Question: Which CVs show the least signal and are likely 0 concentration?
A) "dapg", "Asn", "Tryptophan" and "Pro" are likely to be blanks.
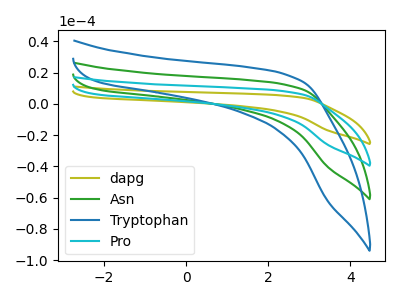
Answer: <think>The olive curve "dapg" has no peaks. The green curve "Asn" has no peaks. The blue curve "Tryptophan" has no peaks. The cyan curve "Pro" has no peaks.</think>
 <answer>A) "dapg", "Asn", "Tryptophan" and "Pro" are likely to be blanks.</answer>
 <eval>A</eval>